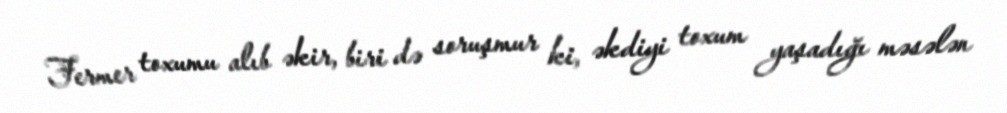
Fermer toxumu alıb əkir, biri də soruşmur ki, əkdiyi toxum yaşadığı məsələn